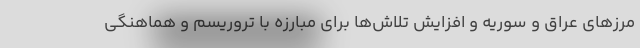
مرزهای عراق و سوریه و افزایش تلاش‌ها برای مبارزه با تروریسم و هماهنگی